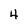
Character: 4